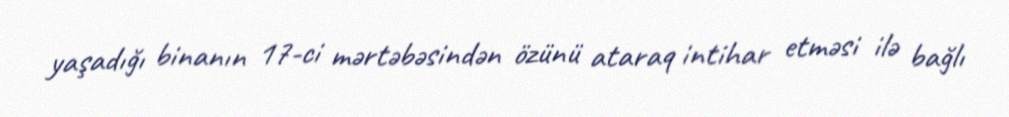
yaşadığı binanın 17-ci mərtəbəsindən özünü ataraq intihar etməsi ilə bağlı